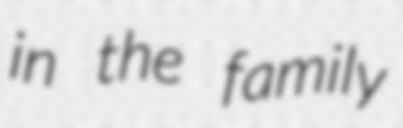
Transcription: in the family